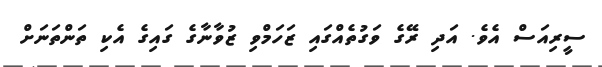
ސީރިއަސް އެވެ. އަދި ރޭގެ ވަގުތެއްގައި ޒަހަމްވި ޒުވާނާގެ ގައިގެ އެކި ތަންތަނަށް